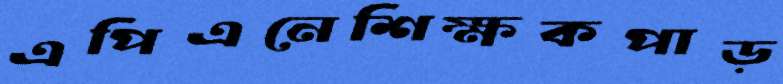
এপিএনেশিক্ষকপাড়